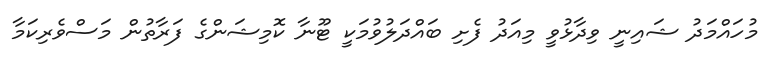
މުހައްމަދު ޝައިނީ ވިދާޅުވީ މިއަދު ފެށި ބައްދަލުވުމަކީ ޓޫނާ ކޮމިޝަންގެ ފަރާތުން މަސްވެރިކަމާ